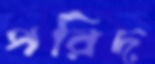
পরিদ